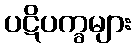
ပဋိပက္ခများ